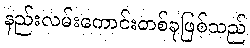
နည်းလမ်းကောင်းတစ်ခုဖြစ်သည်